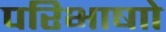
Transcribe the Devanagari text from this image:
परिभाषाो